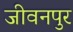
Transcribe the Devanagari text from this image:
जीवनपुर